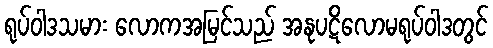
ရုပ်ဝါဒသမား လောကအမြင်သည် အနုပဋိလောမရုပ်ဝါဒတွင်